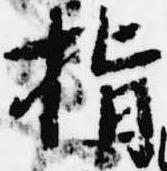
指